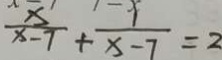
\frac { x } { x - 7 } + \frac { 1 } { x - 7 } = 2